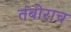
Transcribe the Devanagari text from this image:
तंबोराच